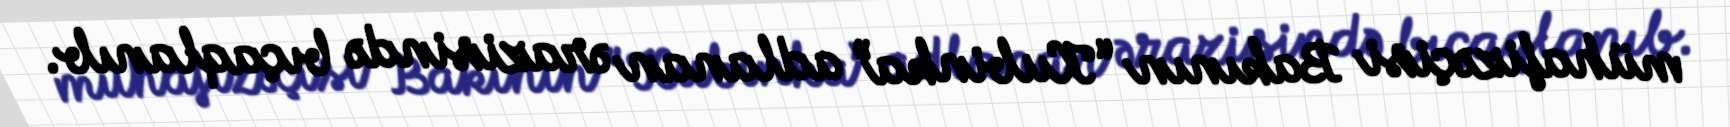
mühafizəçisi Bakının “Kubinka” adlanan ərazisində bıçaqlanıb.